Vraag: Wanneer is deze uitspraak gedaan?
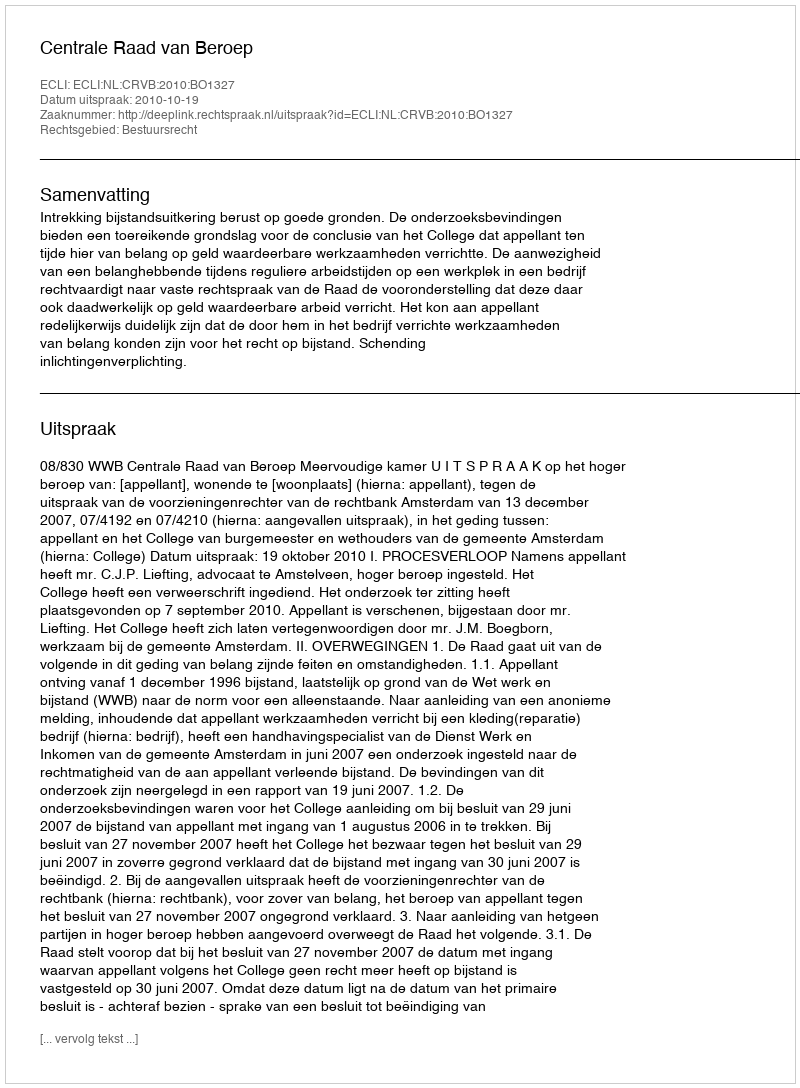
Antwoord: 2010-10-19